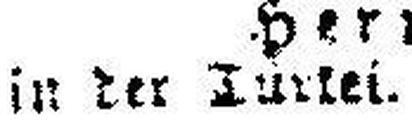
in der ###urkei.